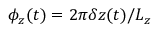
\phi _ { z } ( t ) = 2 \pi \delta z ( t ) / { L _ { z } }